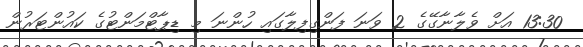
13:30 އަށް ވެލާނާގޭގެ 2 ވަނަ ފަންގިފިލާގައި ހުންނަ މި ޑިޕާޓްމަންޓުގެ ކައުންޓަރުން